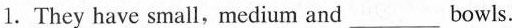
1.They have small,medium and___bowls.